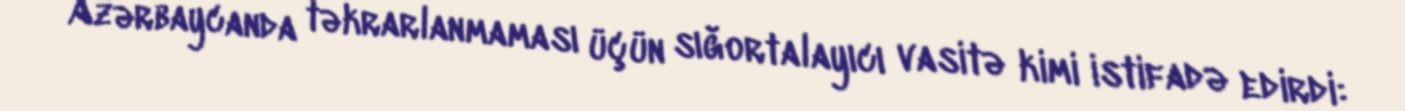
Azərbaycanda təkrarlanmaması üçün sığortalayıcı vasitə kimi istifadə edirdi: